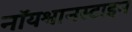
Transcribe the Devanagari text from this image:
नॉयश्वानस्टाइन